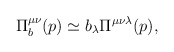
\begin{align*}\Pi _{b}^{\mu \nu }(p)\simeq b_{\lambda }\Pi ^{\mu \nu \lambda }(p),\end{align*}